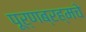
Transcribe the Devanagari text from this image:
पूर्णब्रह्मचे